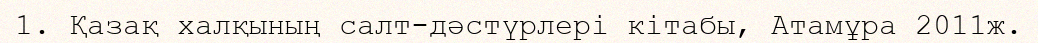
1. Қазақ халқының салт-дәстүрлері кітабы, Атамұра 2011ж.